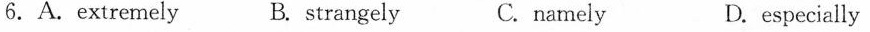
6.A.extremely B. strangely C.namely D. especially